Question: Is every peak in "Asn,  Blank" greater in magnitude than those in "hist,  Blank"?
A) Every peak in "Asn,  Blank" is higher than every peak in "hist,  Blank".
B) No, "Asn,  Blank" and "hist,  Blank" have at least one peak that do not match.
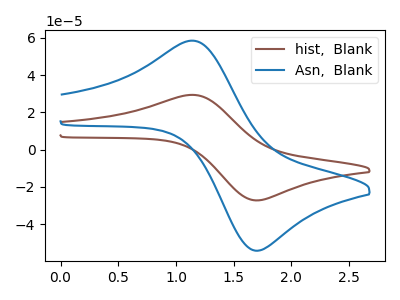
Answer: <think>The brown curve "hist,  Blank" has an anodic peak at (1.15V, 29.40uA) and a cathodic peak at (1.70V, -27.25uA). The blue curve "Asn,  Blank" has an anodic peak at (1.15V, 58.45uA) and a cathodic peak at (1.70V, -54.30uA).</think>
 <answer>A) Every peak in "Asn,  Blank" is higher than every peak in "hist,  Blank".</answer>
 <eval>A</eval>